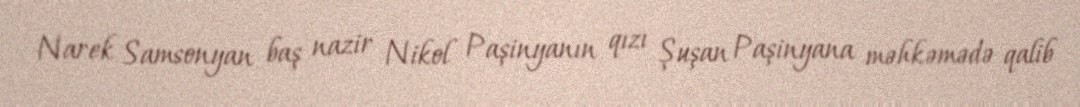
Narek Samsonyan baş nazir Nikol Paşinyanın qızı Şuşan Paşinyana məhkəmədə qalib